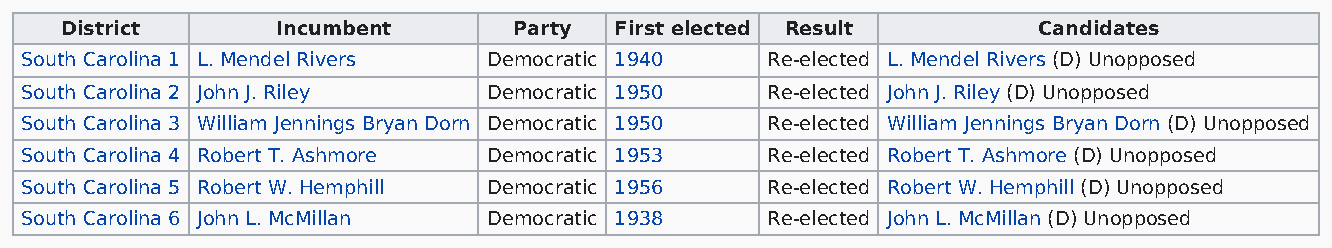
District      Incumbent       Party  First elected Result        Candidates
 South Carolina 1 L. Mendel Rivers Democratic 1940 Re-elected L. Mendel Rivers (D) Unopposed
 South Carolina 2 John J. Riley Democratic 1950    Re-elected John J. Riley (D) Unopposed
 South Carolina 3 William Jennings Bryan Dorn Democratic 1950 Re-elected William Jennings Bryan Dorn (D) Unopposed
 South Carolina 4 Robert T. Ashmore Democratic 1953 Re-elected Robert T. Ashmore (D) Unopposed
 South Carolina 5 Robert W. Hemphill Democratic 1956 Re-elected Robert W. Hemphill (D) Unopposed
 South Carolina 6 John L. McMillan Democratic 1938 Re-elected John L. McMillan (D) Unopposed